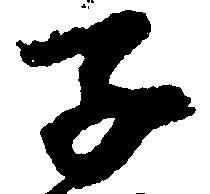
子